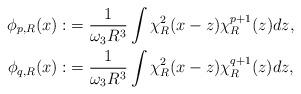
LaTeX: \begin{align*} \phi_{p,R}(x):&= \frac{1}{\omega_3 R^3} \int \chi^2_R(x-z) \chi^{p+1}_R(z) dz, \\\phi_{q,R}(x):&= \frac{1}{\omega_3 R^3} \int \chi^2_R(x-z) \chi^{q+1}_R(z) dz,\end{align*}